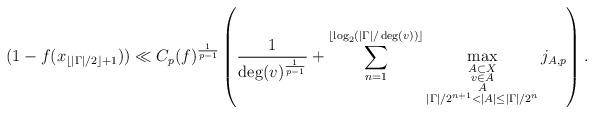
LaTeX: \begin{align*}(1-f(x_{\lfloor|\Gamma|/2\rfloor+1}))\ll C_p(f)^{\frac{1}{p-1}}\left(\frac{1}{\deg(v)^{\frac{1}{p-1}}}+\sum_{n=1}^{\lfloor\log_2(|\Gamma|/\deg(v))\rfloor}\max_{\substack{A\subset X\\v\in A\\A\\|\Gamma|/2^{n+1}<|A|\le|\Gamma|/2^n}}j_{A,p}\right).\end{align*}